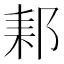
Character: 𨛙